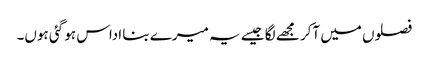
فصلوں میں آکر مجھے لگا جیسے یہ میرے بنا اداس ہو گئی ہوں۔